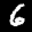
Label: 6